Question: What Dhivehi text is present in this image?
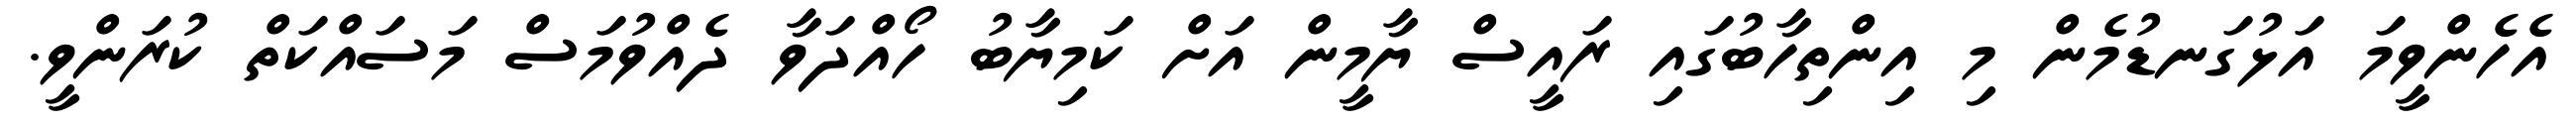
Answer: އެހެންވީމަ އަޅުގަނޑުމެން މި އިންތިހާބުގައި ރައީސް ޔާމީން އަށް ކަމިޔާބު ހޯއްދަވާ ދެއްވުމަސް މަސައްކަތް ކުރަންވީ.